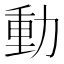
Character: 動